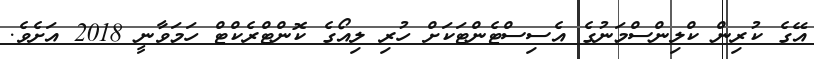
އޭގެ ކުރިން ކްލިންސްމަނުގެ އެސިސްޓެންޓަކަށް ހުރި ލިއޯގެ ކޮންޓްރެކްޓް ހަމަވާނީ 2018 އަށެވެ.